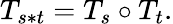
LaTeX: T_{s*t}=T_{s}\circ T_{t}.